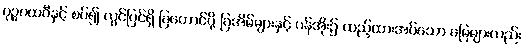
ပုဉ္ဇပထဝီနှင့် စပ်၍ လွင်ပြင်ရှိ ခြတောင်ပို့ ခြအိမ်များနှင့် ပန်အိုး၌ ထည့်ထားအပ်သော မြေများလည်း